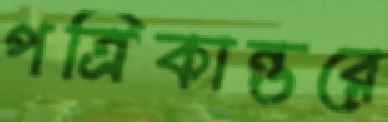
পত্রিকান্তরে